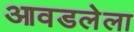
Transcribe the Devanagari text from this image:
आवडलेला